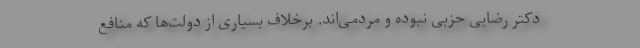
دکتر رضایی حزبی نبوده و مردمی‌اند. برخلاف بسیاری از دولت‌ها که منافع